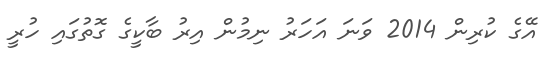
އޭގެ ކުރިން 2014 ވަނަ އަހަރު ނިމުން އިރު ބާކީގެ ގޮތުގައި ހުރީ